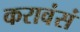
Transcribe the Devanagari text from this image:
करावंसं